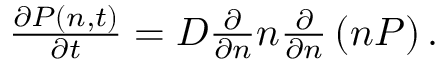
\begin{array} { r } { \frac { \partial P ( n , t ) } { \partial t } = D \frac { \partial } { \partial n } n \frac { \partial } { \partial n } \left( n P \right) . } \end{array}